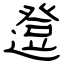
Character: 邆